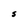
Character: S